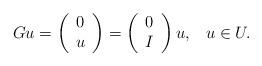
LaTeX: \begin{align*} G u=\left( \begin{array} [c]{c} 0\\ u \end{array} \right) =\left( \begin{array} [c]{c} 0\\ I \end{array} \right) u,\;\;\; u \in U.\end{align*}